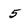
Character: 5